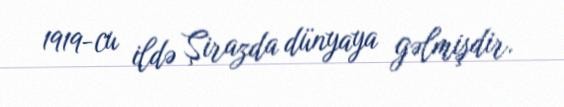
1919-cu ildə Şirazda dünyaya gəlmişdir.